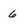
Character: 6